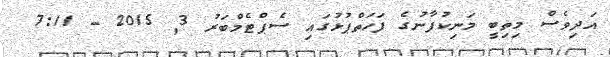
އަދިވެސް މިތިބީ މަނިކުފާނުގެ ފަހަތްޕުޅުގައި ސެޕްޓެމްބަރު 3